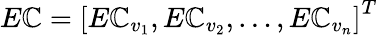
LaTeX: E\mathbb{C}=\left[E\mathbb{C}_{v_{1}},E\mathbb{C}_{v_{2}},\dots,E\mathbb{C}_{v_{n}}\right]^{T}